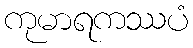
ကုမာရကဿပံ